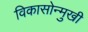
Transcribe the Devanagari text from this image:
विकासोन्मुखी